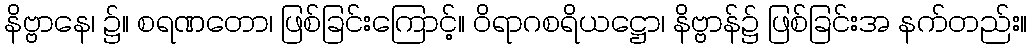
နိဗ္ဗာနေ၊ ၌။ စရဏတော၊ ဖြစ်ခြင်းကြောင့်။ ဝိရာဂစရိယဋ္ဌော၊ နိဗ္ဗာန်၌ ဖြစ်ခြင်းအ နက်တည်း။